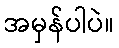
အမှန်ပါပဲ။